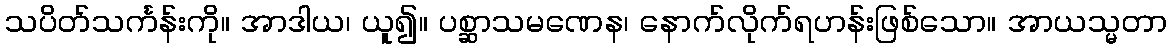
သပိတ်သင်္ကန်းကို။ အာဒါယ၊ ယူ၍။ ပစ္ဆာသမဏေန၊ နောက်လိုက်ရဟန်းဖြစ်သော။ အာယသ္မတာ